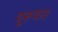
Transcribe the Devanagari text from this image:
शूरूवात